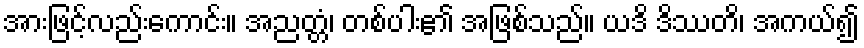
အားဖြင့်လည်းကောင်း။ အညတ္တံ၊ တစ်ပါး၏ အဖြစ်သည်။ ယဒိ ဒိဿတိ၊ အကယ်၍